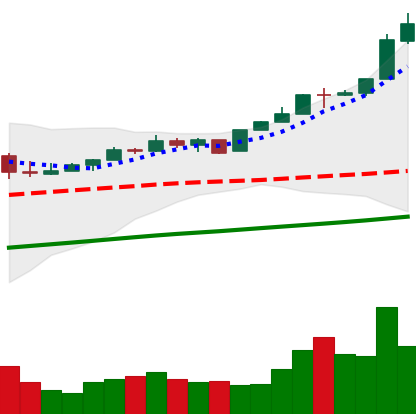
Ticker: BTC-USD
Chart end date: 2017-05-02
Forward return: 9.904%
Label: up_7plus